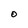
Character: o